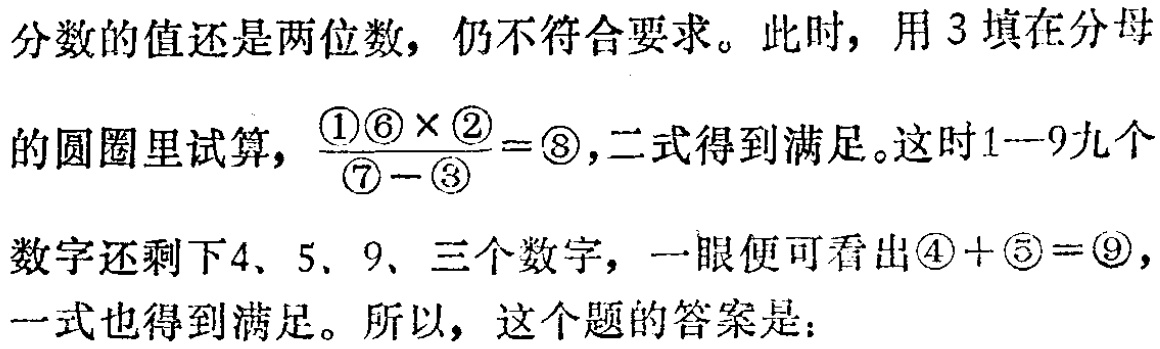
分数的值还是两位数，仍不符合要求。此时，用 3 填在分母

的圆圈里试算，\(\frac{\textcircled{1}\textcircled{6} \times \textcircled{2}}{\textcircled{7} - \textcircled{3}} = \textcircled{8}\)，二式得到满足。这时\(1 - 9\)九个

数字还剩下\(4\)、\(5\)、\(9\)、三个数字，一眼便可看出\(\textcircled{4} + \textcircled{5} = \textcircled{9}\)，

一式也得到满足。所以，这个题的答案是：